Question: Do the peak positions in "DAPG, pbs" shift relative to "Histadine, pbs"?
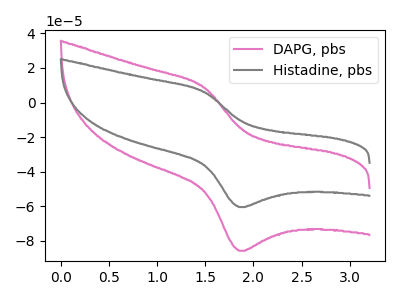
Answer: <think>The pink curve "DAPG, pbs" has an anodic peak at (1.50V, 8.70uA) and a cathodic peak at (1.85V, -85.65uA). The gray curve "Histadine, pbs" has an anodic peak at (1.50V, 6.10uA) and a cathodic peak at (1.85V, -60.40uA).
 All the peaks in "DAPG, pbs" have a peak in "Histadine, pbs" at the same potential. Every peak in "DAPG, pbs" is higher than every peak in "Histadine, pbs".</think>
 <answer>No, "DAPG, pbs" and "Histadine, pbs" don't appear to be significantly different in shape</answer>
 <eval>no_change</eval>